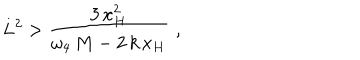
L ^ { 2 } > \frac { 3 \, x _ { H } ^ { 2 } } { \omega _ { 4 } \, M - 2 \, k \, x _ { H } } \, \, ,